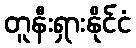
တူနီးရှားနိုင်ငံ